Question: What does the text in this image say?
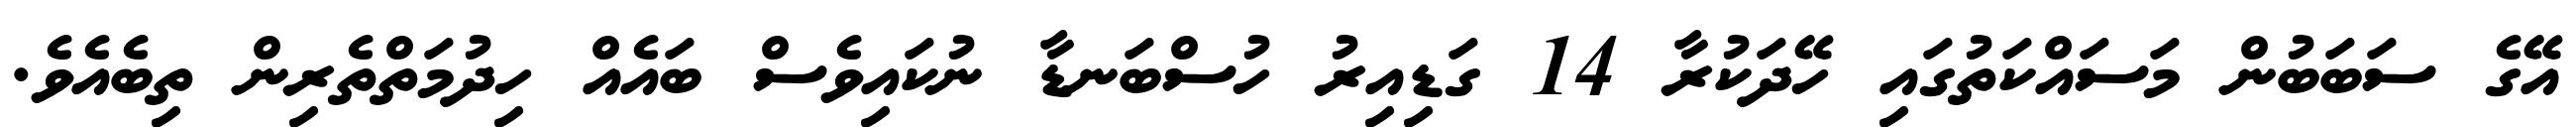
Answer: އޭގެ ސަބަބުން މަސައްކަތުގައި ހޭދަކުރާ 14 ގަޑިއިރު ހުސްބަނޑާ ނުކައިވެސް ބައެއް ހިދުމަތްތެރިން ތިބެއެވެ.